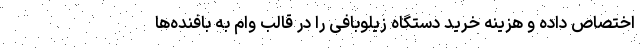
اختصاص داده و هزینه خرید دستگاه زیلوبافی را در قالب وام به بافنده‌ها